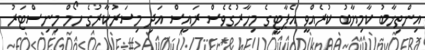
އިންތިޚާބު ކާމިޔާބު ކުރެއްވީ އެޕާޓީގެ މިހާރުގެވެސް ރައީސް އަދި މިސަރުކާރުގެ ހޯމް މިނިސްޓަރު